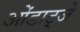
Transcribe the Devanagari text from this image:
ओंडाट्जे